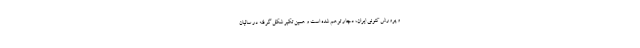
و پرورش کنونی ایران، دچار توهم شده است و همین تکبر شکل گرفته در سالیان